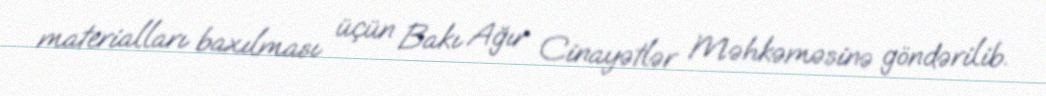
materialları baxılması üçün Bakı Ağır Cinayətlər Məhkəməsinə göndərilib.